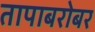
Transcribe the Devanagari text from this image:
तापाबरोबर